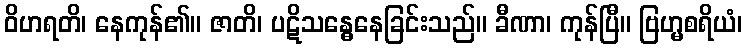
ဝိဟရတိ၊ နေကုန်၏။ ဇာတိ၊ ပဋိသန္ဓေနေခြင်းသည်။ ခီဏာ၊ ကုန်ပြီ။ ဗြဟ္မစရိယံ၊